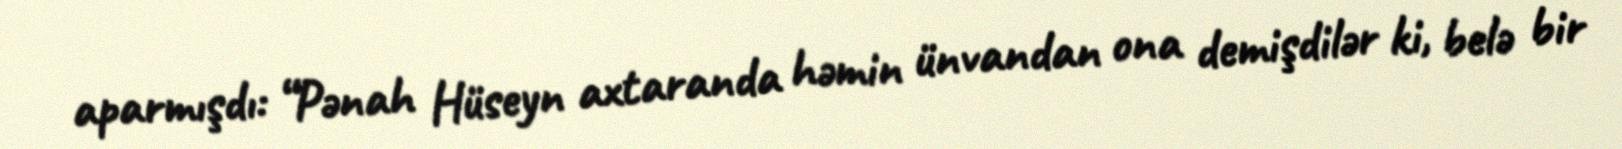
aparmışdı: “Pənah Hüseyn axtaranda həmin ünvandan ona demişdilər ki, belə bir